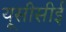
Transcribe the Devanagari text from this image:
यूसीसीई